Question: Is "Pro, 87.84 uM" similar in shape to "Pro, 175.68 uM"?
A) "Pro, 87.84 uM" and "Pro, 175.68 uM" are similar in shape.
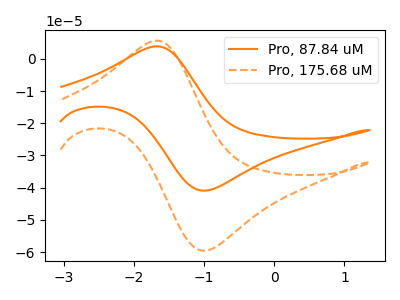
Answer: <think>The orange curve "Pro, 87.84 uM" has an anodic peak at (-1.65V, 3.85uA) and a cathodic peak at (-0.95V, -40.90uA). The orange dashed curve "Pro, 175.68 uM" has an anodic peak at (-1.65V, 5.60uA) and a cathodic peak at (-0.95V, -59.50uA).
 All the peaks in "Pro, 87.84 uM" have a peak in "Pro, 175.68 uM" at the same potential. Every peak in "Pro, 87.84 uM" is lower than every peak in "Pro, 175.68 uM".</think>
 <answer>A) "Pro, 87.84 uM" and "Pro, 175.68 uM" are similar in shape.</answer>
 <eval>A</eval>